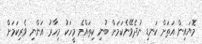
މޮޔައިން އަތަށް ކަނޑި ނުދެވޭނެކަމަށް ބުނި ކިތައްމެ މީހަކު މިހާރު އަންނި ވެރިކަމަށް